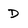
Character: D